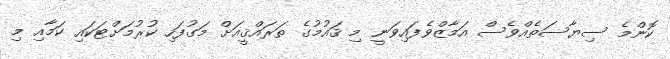
ކޮންމެ ސިޔާސަތެއްވެސް އަމާޒްވެފައިވަނީ މި ޤައުމުގެ ތަރައްޤީއަށް މަގުފަހި ކުރުމަށްޓަކައި ކަމާއި މި